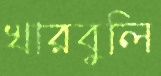
খারবুলি